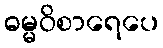
ဓမ္မဝိစာရေပေ